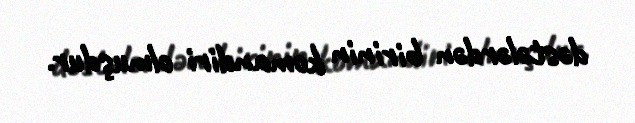
dəstələrdən birinin komandiri olmuşdur.